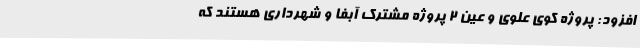
افزود: پروژه کوی علوی و عین 2 پروژه مشترک آبفا و شهرداری هستند که